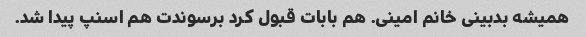
همیشه بدبینی خانم امینی. هم بابات قبول کرد برسوندت هم اسنپ پیدا شد.